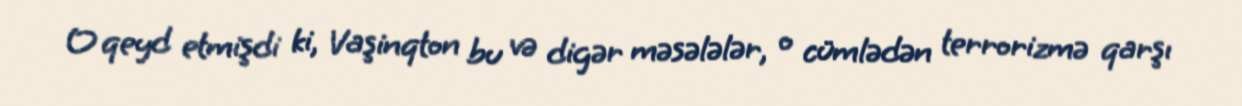
O qeyd etmişdi ki, Vaşinqton bu və digər məsələlər, o cümlədən terrorizmə qarşı